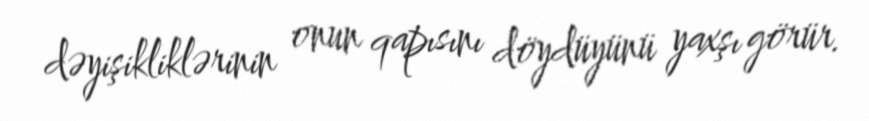
dəyişikliklərinin onun qapısını döydüyünü yaxşı görür.